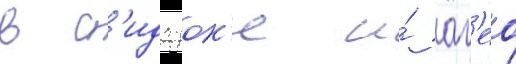
в с'идзуок'е и́ аг'ео